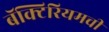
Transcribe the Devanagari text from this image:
बॅक्टिरियमची